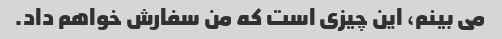
می بینم، این چیزی است که من سفارش خواهم داد.